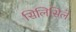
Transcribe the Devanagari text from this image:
सिलिसिले